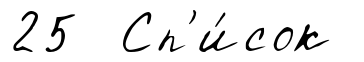
25 Сп'и́сок